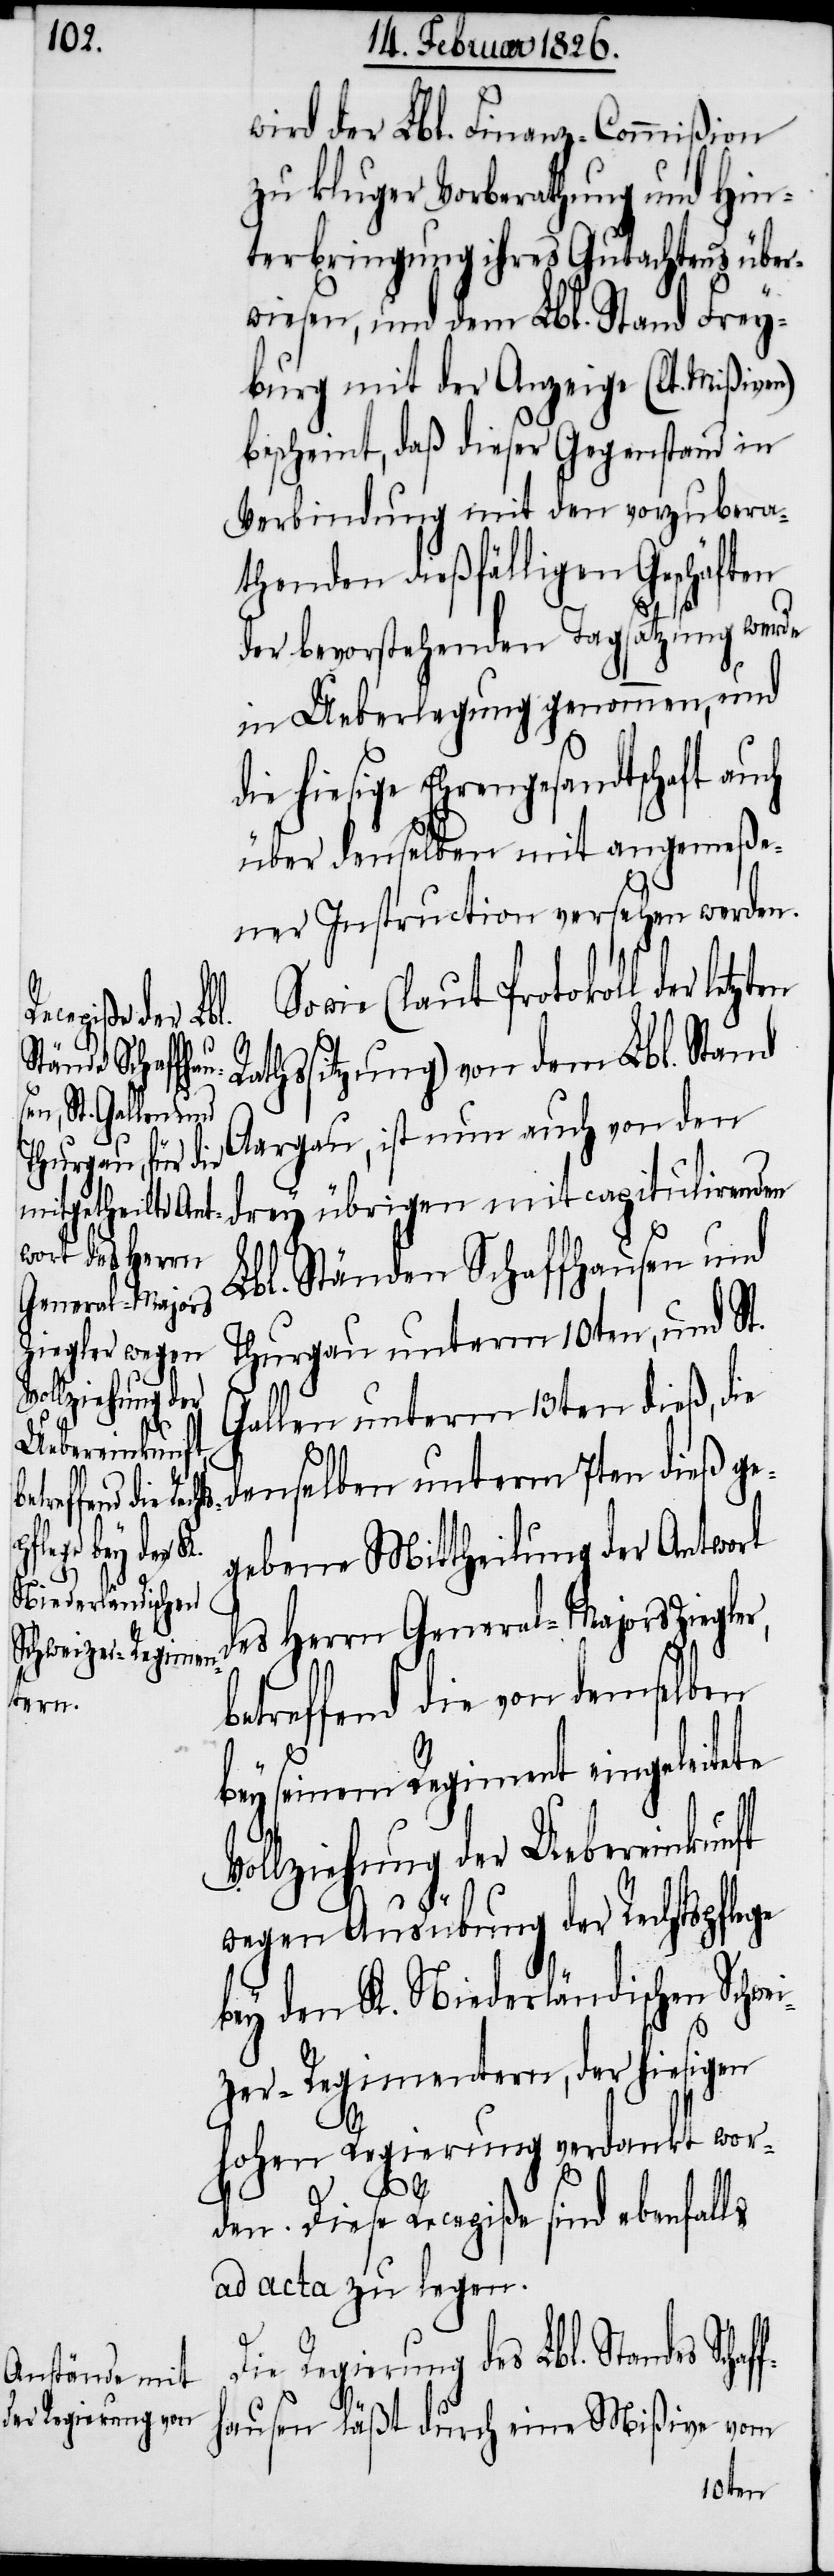
wird der Lbl. Finanz-Commißion
zu kluger Vorberathung und Hin¬
terbringung ihres Gutachtens über¬
wiesen, und dem Lbl. Stand Frey¬
burg mit der Anzeige (lt. Mißiven)
bescheint, daß dieser Gegenstand in
Verbindung mit den vorzubera¬
thenden dießfälligen Geschäften
der bevorstehenden Tagsatzung werde
in Ueberlegung genommen, und
die hiesige Ehrengesandtschaft au¬
über denselben mit angemeße¬
ner Instruction versehen werden.
wie (laut Protokoll der letz¬
R¬
athssitzung) von dem Lbl. Stand
des Schaffh¬
Aargau, ist nun auch von den
drey übrigen mit capitulirenden
Lbl. Ständen Schaffhausen und
Thurgau unterm 10ten, und St.
Gallen unterm 13ten dieß, di¬
e denselben unterm 7ten dieß ge¬
gebene Mittheilung der Antwort
r,
des Herrn General-Majors Ziegle¬
betreffend die von demselben
bey seinem Regiment eingeleitete
Vollziehung der Uebereinkunft
wegen Ausübung der Rechtspflege
bey den K. Niederländischen Schwe¬
izer-Regimentern, der hiesigen
hohen Regierung verdankt wor¬
ch
den. Diese Recepiße sind ebenfalls
ad acta zu legen.
Die Regierung des Lbl. Stan¬
ausen läßt durch eine Mißive vom